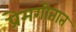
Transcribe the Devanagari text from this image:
प्रेमगीतात